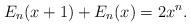
LaTeX: \begin{align*} E_n(x+1)+E_n(x)=2x^n.\end{align*}